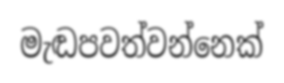
මැඬපවත්වන්නෙක්